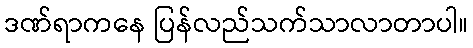
ဒဏ်ရာကနေ ပြန်လည်သက်သာလာတာပါ။